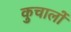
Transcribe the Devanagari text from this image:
कुचालों